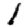
Digit: 1